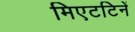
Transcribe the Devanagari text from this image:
मिएटटिनें